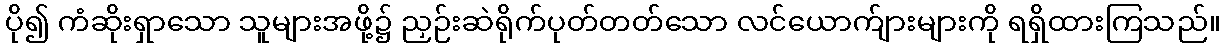
ပို၍ ကံဆိုးရှာသော သူများအဖို့၌ ညှဉ်းဆဲရိုက်ပုတ်တတ်သော လင်ယောက်ျားများကို ရရှိထားကြသည်။